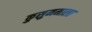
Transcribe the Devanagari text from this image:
कुसुममाला